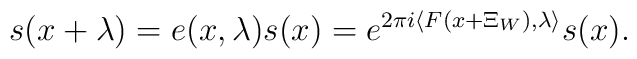
s(x+\lambda) = e(x,\lambda) s(x) = e^{2 \pi i\langle F(x + \Xi_W),  \lambda \rangle} s(x).